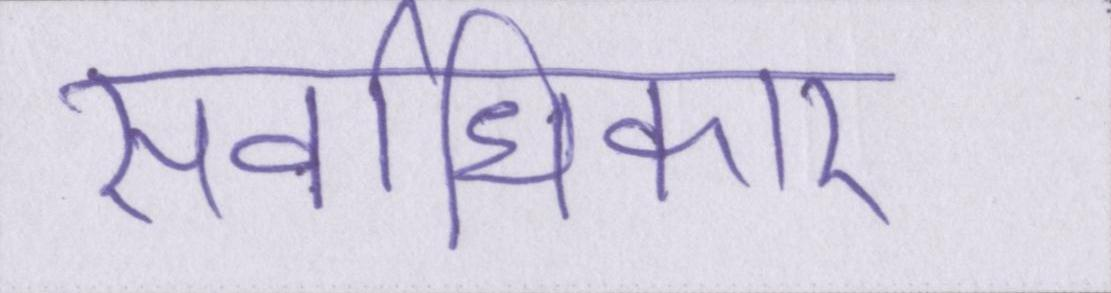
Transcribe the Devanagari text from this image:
सर्वाधिकार